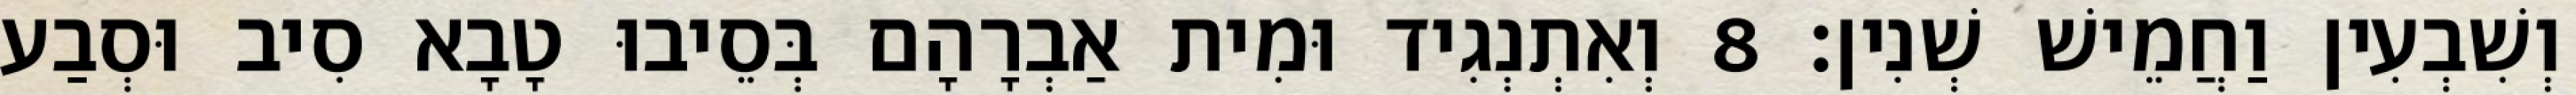
וְשִׁבְעִין וַחֲמֵישׁ שְׁנִין׃ 8 וְאִתְנְגִיד וּמִית אַבְרָהָם בְּסֵיבוּ טָבָא סִיב וּסְבַע